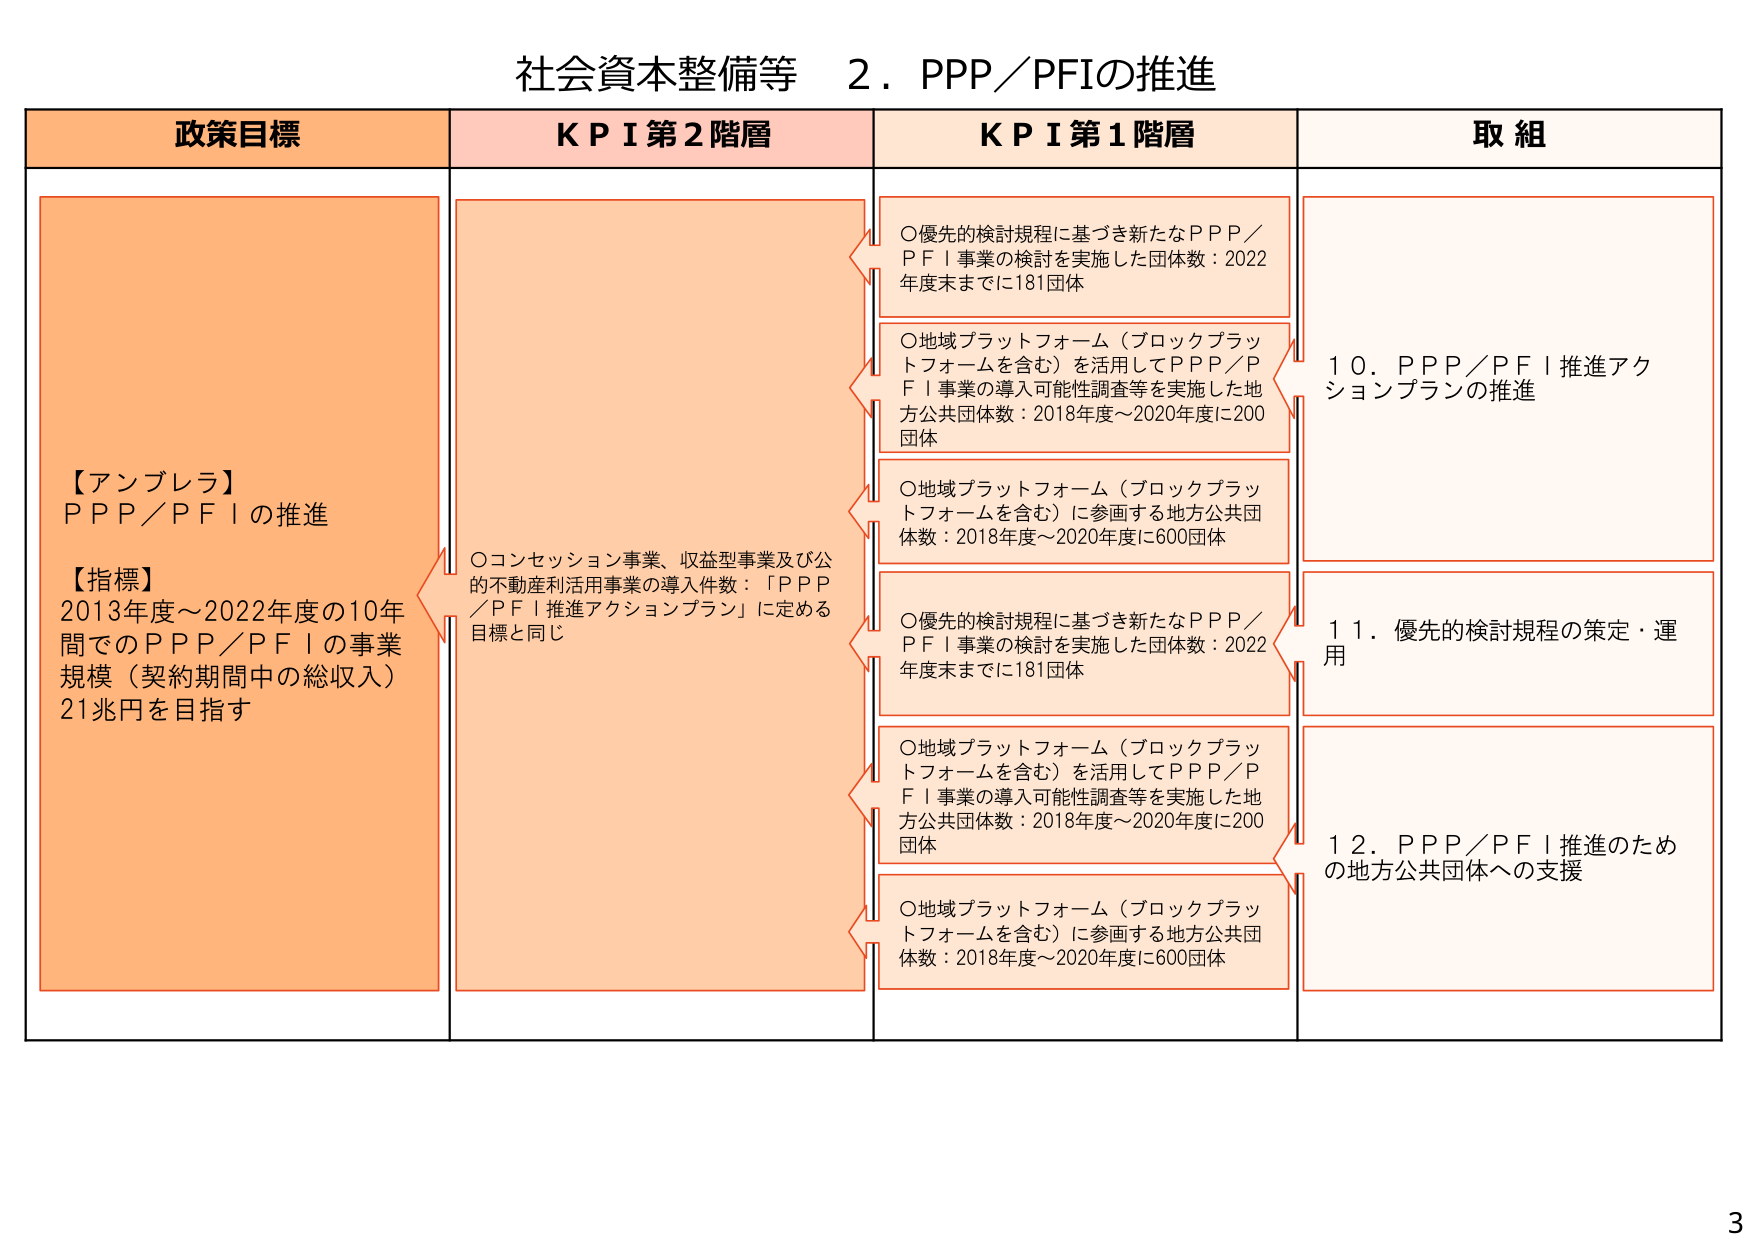
社会資本整備等　２．PPP／PFIの推進

政策目標　　　　　　　　　　　　ＫＰＩ第２階層　　　　　　　　　　ＫＰＩ第１階層　　　　　　　　　　取組

【アンブレラ】
PPP／PFIの推進

【指標】
2013年度～2022年度の10年間でのPPP／PFIの事業規模（契約期間中の総収入）21兆円を目指す

○コンセッション事業、収益型事業及び公的不動産利活用事業の導入件数：「PPP／PFI推進アクションプラン」に定める目標と同じ

○優先的検討規程に基づき新たなPPP／PFI事業の検討を実施した団体数：2022年度末までに181団体

○地域プラットフォーム（ブロックプラットフォームを含む）を活用してPPP／PFI事業の導入可能性調査等を実施した地方公共団体数：2018年度～2020年度に200団体

○地域プラットフォーム（ブロックプラットフォームを含む）に参画する地方公共団体数：2018年度～2020年度に600団体

○優先的検討規程に基づき新たなPPP／PFI事業の検討を実施した団体数：2022年度末までに181団体

○地域プラットフォーム（ブロックプラットフォームを含む）を活用してPPP／PFI事業の導入可能性調査等を実施した地方公共団体数：2018年度～2020年度に200団体

○地域プラットフォーム（ブロックプラットフォームを含む）に参画する地方公共団体数：2018年度～2020年度に600団体

10．PPP／PFI推進アクションプランの推進

11．優先的検討規程の策定・運用

12．PPP／PFI推進のための地方公共団体への支援

3